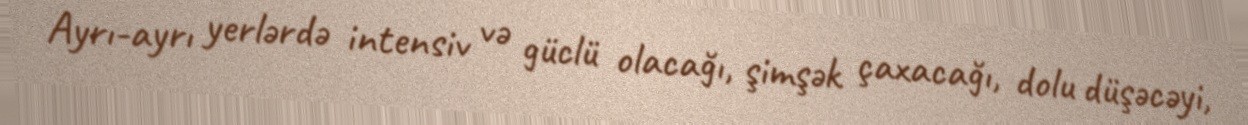
Ayrı-ayrı yerlərdə intensiv və güclü olacağı, şimşək çaxacağı, dolu düşəcəyi,